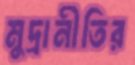
মুদ্রানীতির